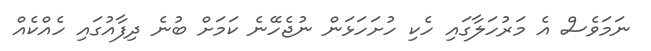
ނަމަވެސް އެ މަރުހަލާގައި ހެކި ހުށަހަޅަން ނުޖެހޭނެ ކަމަށް ބުނެ ދިފާއުގައި ހެއްކެއް